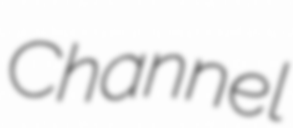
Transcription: Channel